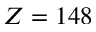
Z = 1 4 8